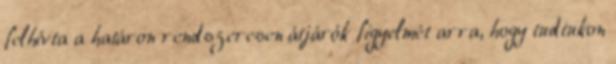
felhívta a határon rendszeresen átjárók figyelmét arra, hogy tudtukon